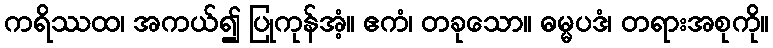
ကရိဿထ၊ အကယ်၍ ပြုကုန်အံ့။ ဧကံ၊ တခုသော။ ဓမ္မပဒံ၊ တရားအစုကို။